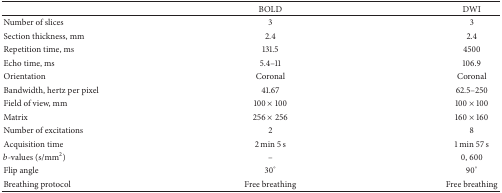
<table><thead><tr><td><b> </b></td><td><b>BOLD</b></td><td><b>DWI</b></td></tr></thead><tbody><tr><td>Number of slices</td><td>3</td><td>3</td></tr><tr><td>Section thickness, mm</td><td>2.4</td><td>2.4</td></tr><tr><td>Repetition time, ms</td><td>131.5</td><td>4500</td></tr><tr><td>Echo time, ms</td><td>5.4–11</td><td>106.9</td></tr><tr><td>Orientation</td><td>Coronal</td><td>Coronal</td></tr><tr><td>Bandwidth, hertz per pixel</td><td>41.67</td><td>62.5–250</td></tr><tr><td>Field of view, mm</td><td>100 × 100</td><td>100 × 100</td></tr><tr><td>Matrix</td><td>256 × 256</td><td>160 × 160</td></tr><tr><td>Number of excitations</td><td>2</td><td>8</td></tr><tr><td>Acquisition time</td><td>2 min 5 s</td><td>1 min 57 s</td></tr><tr><td><i>b</i>-values (s/mm<sup>2</sup>)</td><td>–</td><td>0, 600</td></tr><tr><td>Flip angle</td><td>30°</td><td>90°</td></tr><tr><td>Breathing protocol</td><td>Free breathing</td><td>Free breathing</td></tr></tbody></table>